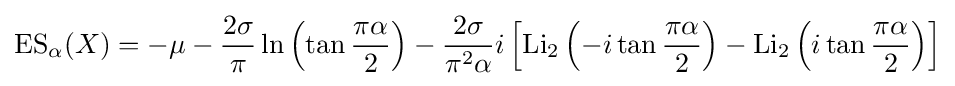
\operatorname {ES} _{\alpha }(X)=-\mu -{\frac {2\sigma }{\pi }}\ln \left(\tan {\frac {\pi \alpha }{2}}\right)-{\frac {2\sigma }{\pi ^{2}\alpha }}i\left[\operatorname {Li} _{2}\left(-i\tan {\frac {\pi \alpha }{2}}\right)-\operatorname {Li} _{2}\left(i\tan {\frac {\pi \alpha }{2}}\right)\right]